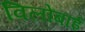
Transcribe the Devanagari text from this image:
विलोबाई